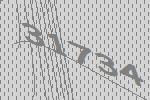
31734